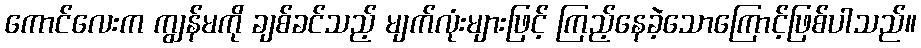
ကောင်လေးက ကျွန်မကို ချစ်ခင်သည့် မျက်လုံးများဖြင့် ကြည့်နေခဲ့သောကြောင့်ဖြစ်ပါသည်။